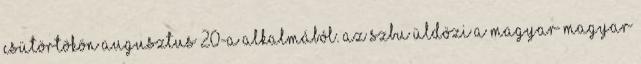
csütörtökön augusztus 20-a alkalmából. AZ SZBU ÜLDÖZI A MAGYAR–MAGYAR